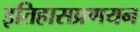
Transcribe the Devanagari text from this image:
इतिहासप्रणयन